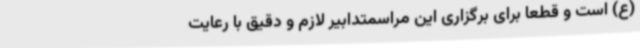
(ع) است و قطعا برای برگزاری این مراسمتدابیر لازم و دقیق با رعایت